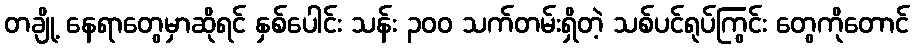
တချို့ နေရာတွေမှာဆိုရင် နှစ်ပေါင်း သန်း ၃၀၀ သက်တမ်းရှိတဲ့ သစ်ပင်ရုပ်ကြွင်း တွေကိုတောင်